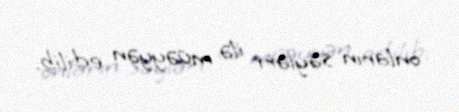
onların səyləri ilə müəyyən edilib.